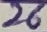
Text: 26